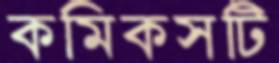
কমিকসটি